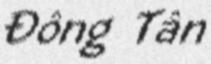
Đông Tân